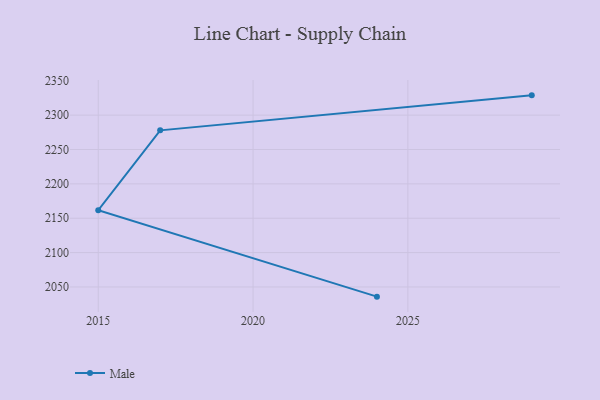
{"axis": {"x": "Year", "y": "Energy Usage (MWh)"}, "legend": ["Male"], "data": [{"x": "2024", "y": 2035.9, "type": "Male"}, {"x": "2015", "y": 2161.7, "type": "Male"}, {"x": "2017", "y": 2277.9, "type": "Male"}, {"x": "2029", "y": 2328.8, "type": "Male"}]}